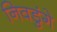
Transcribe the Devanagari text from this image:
निवडुंगे